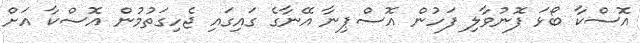
އޮސްކާ ބޯޅަ ފޮނުވާލި ފަހުން އޮސްޕިނާ އޭނާގެ ގައިގައި ޖެހިގަތުމުން އޮސްކާ އަށް